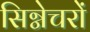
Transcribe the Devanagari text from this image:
सिग्नेचरों